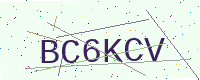
Text: BC6KCV